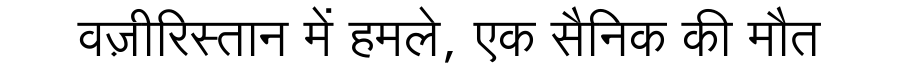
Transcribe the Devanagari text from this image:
वज़ीरिस्तान में हमले, एक सैनिक की मौत